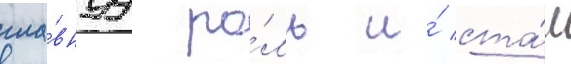
гла́внуу ро́ль и́ ста́л